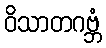
ဝိသာတဂဗ္ဘံ